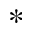
*